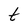
Character: t